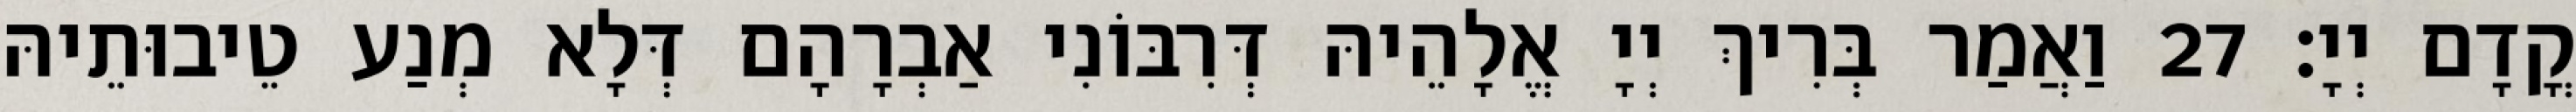
קֳדָם יְיָ׃ 27 וַאֲמַר בְּרִיךְ יְיָ אֱלָהֵיהּ דְּרִבּוֹנִי אַבְרָהָם דְּלָא מְנַע טֵיבוּתֵיהּ